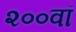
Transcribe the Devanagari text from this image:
२००वॉ